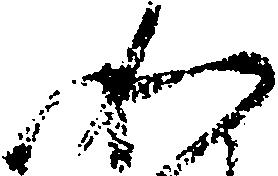
如